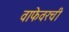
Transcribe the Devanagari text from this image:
वाफेवरची